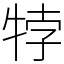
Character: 㹀